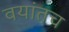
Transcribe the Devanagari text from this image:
वयांतच